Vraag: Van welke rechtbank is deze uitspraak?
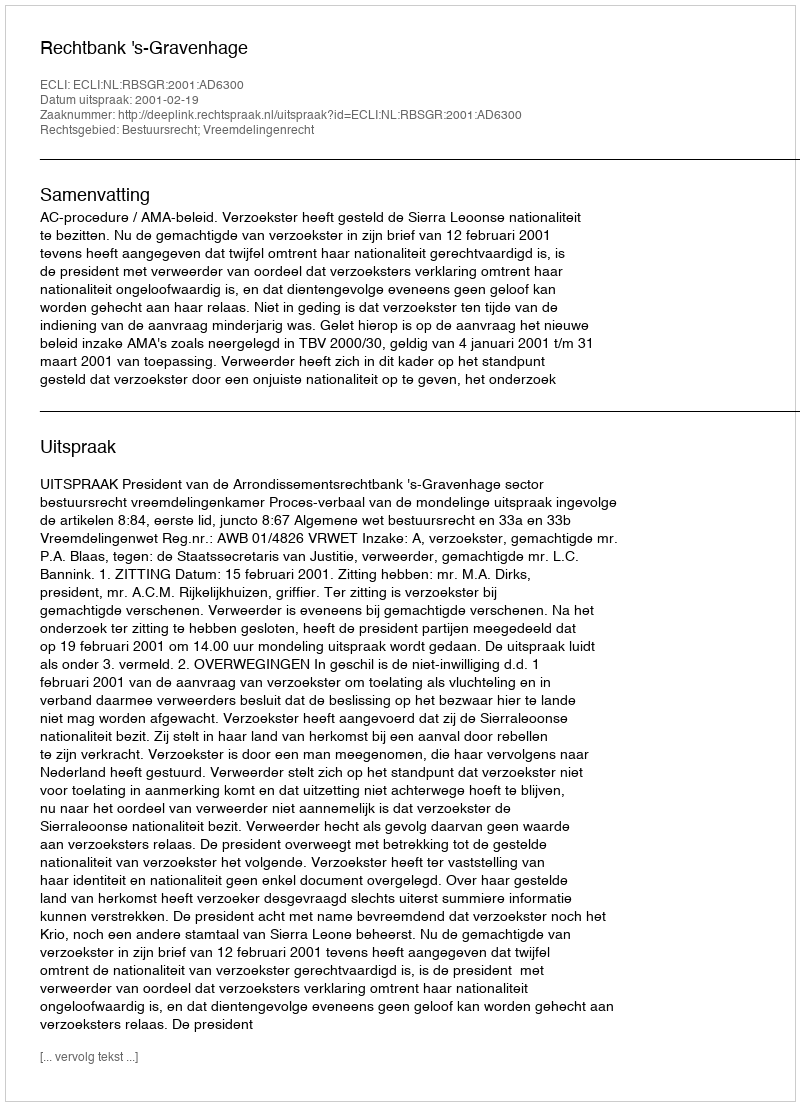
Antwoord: Rechtbank 's-Gravenhage